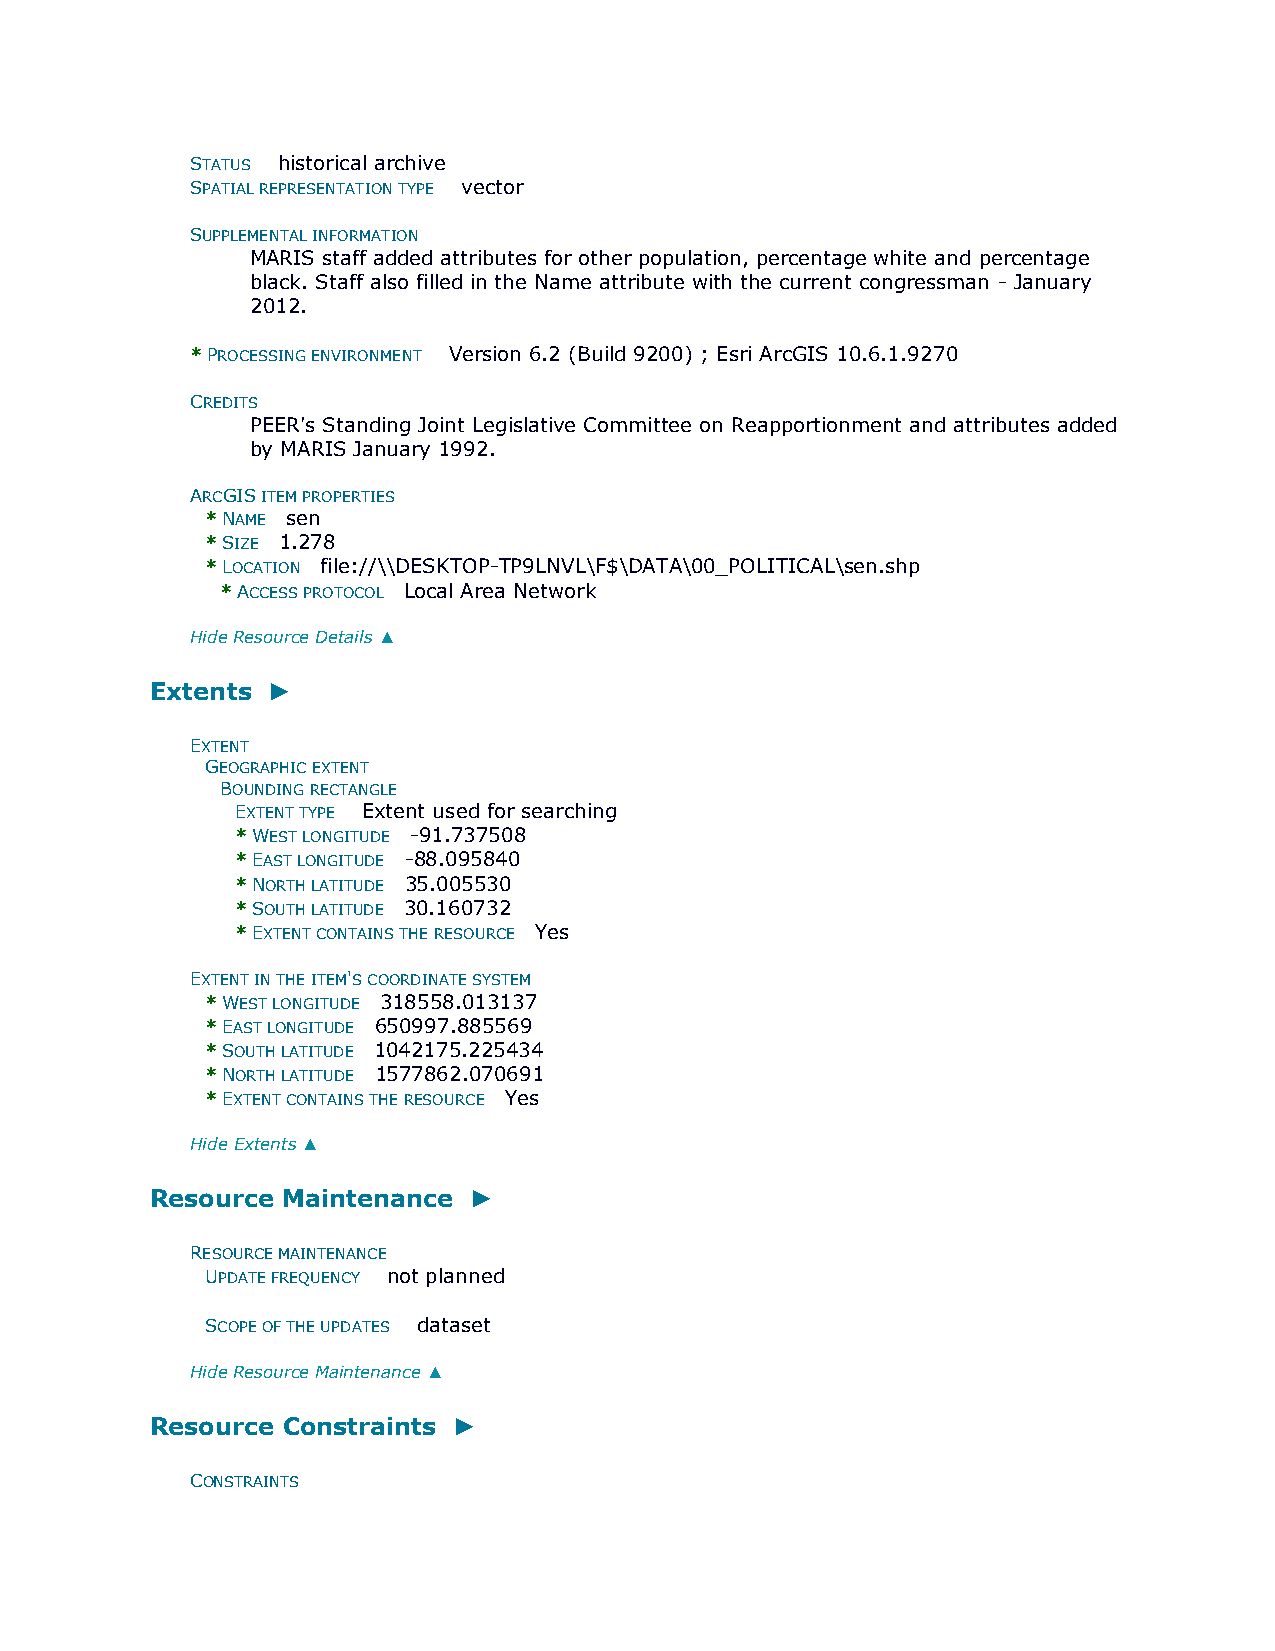
STATUS historical archive
 SPATIAL REPRESENTATION TYPE vector
 SUPPLEMENTAL INFORMATION
 MARIS staff added attributes for other population, percentage white and percentage
 black. Staff also filled in the Name attribute with the current congressman - January
 2012.
 * PROCESSING ENVIRONMENT Version 6.2 (Build 9200) ; Esri ArcGIS 10.6.1.9270
 CREDITS
 PEER's Standing Joint Legislative Committee on Reapportionment and attributes added
 by MARIS January 1992.
 ARCGIS ITEM PROPERTIES
 * NAME sen
 * SIZE 1.278
 * LOCATION file://\\DESKTOP-TP9LNVL\F$\DATA\00_POLITICAL\sen.shp
 * ACCESS PROTOCOL Local Area Network
 Hide Resource Details ▲
 Extents ►
 EXTENT
 GEOGRAPHIC EXTENT
 BOUNDING RECTANGLE
 EXTENT TYPE Extent used for searching
 * WEST LONGITUDE -91.737508
 * EAST LONGITUDE -88.095840
 * NORTH LATITUDE 35.005530
 * SOUTH LATITUDE 30.160732
 * EXTENT CONTAINS THE RESOURCE Yes
 EXTENT IN THE ITEM'S COORDINATE SYSTEM
 * WEST LONGITUDE 318558.013137
 * EAST LONGITUDE 650997.885569
 * SOUTH LATITUDE 1042175.225434
 * NORTH LATITUDE 1577862.070691
 * EXTENT CONTAINS THE RESOURCE Yes
 Hide Extents ▲
 Resource Maintenance ►
 RESOURCE MAINTENANCE
 UPDATE FREQUENCY not planned
 SCOPE OF THE UPDATES dataset
 Hide Resource Maintenance ▲
 Resource Constraints ►
 CONSTRAINTS